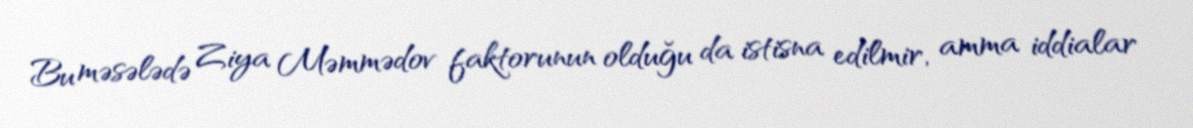
Bu məsələdə Ziya Məmmədov faktorunun olduğu da istisna edilmir, amma iddialar